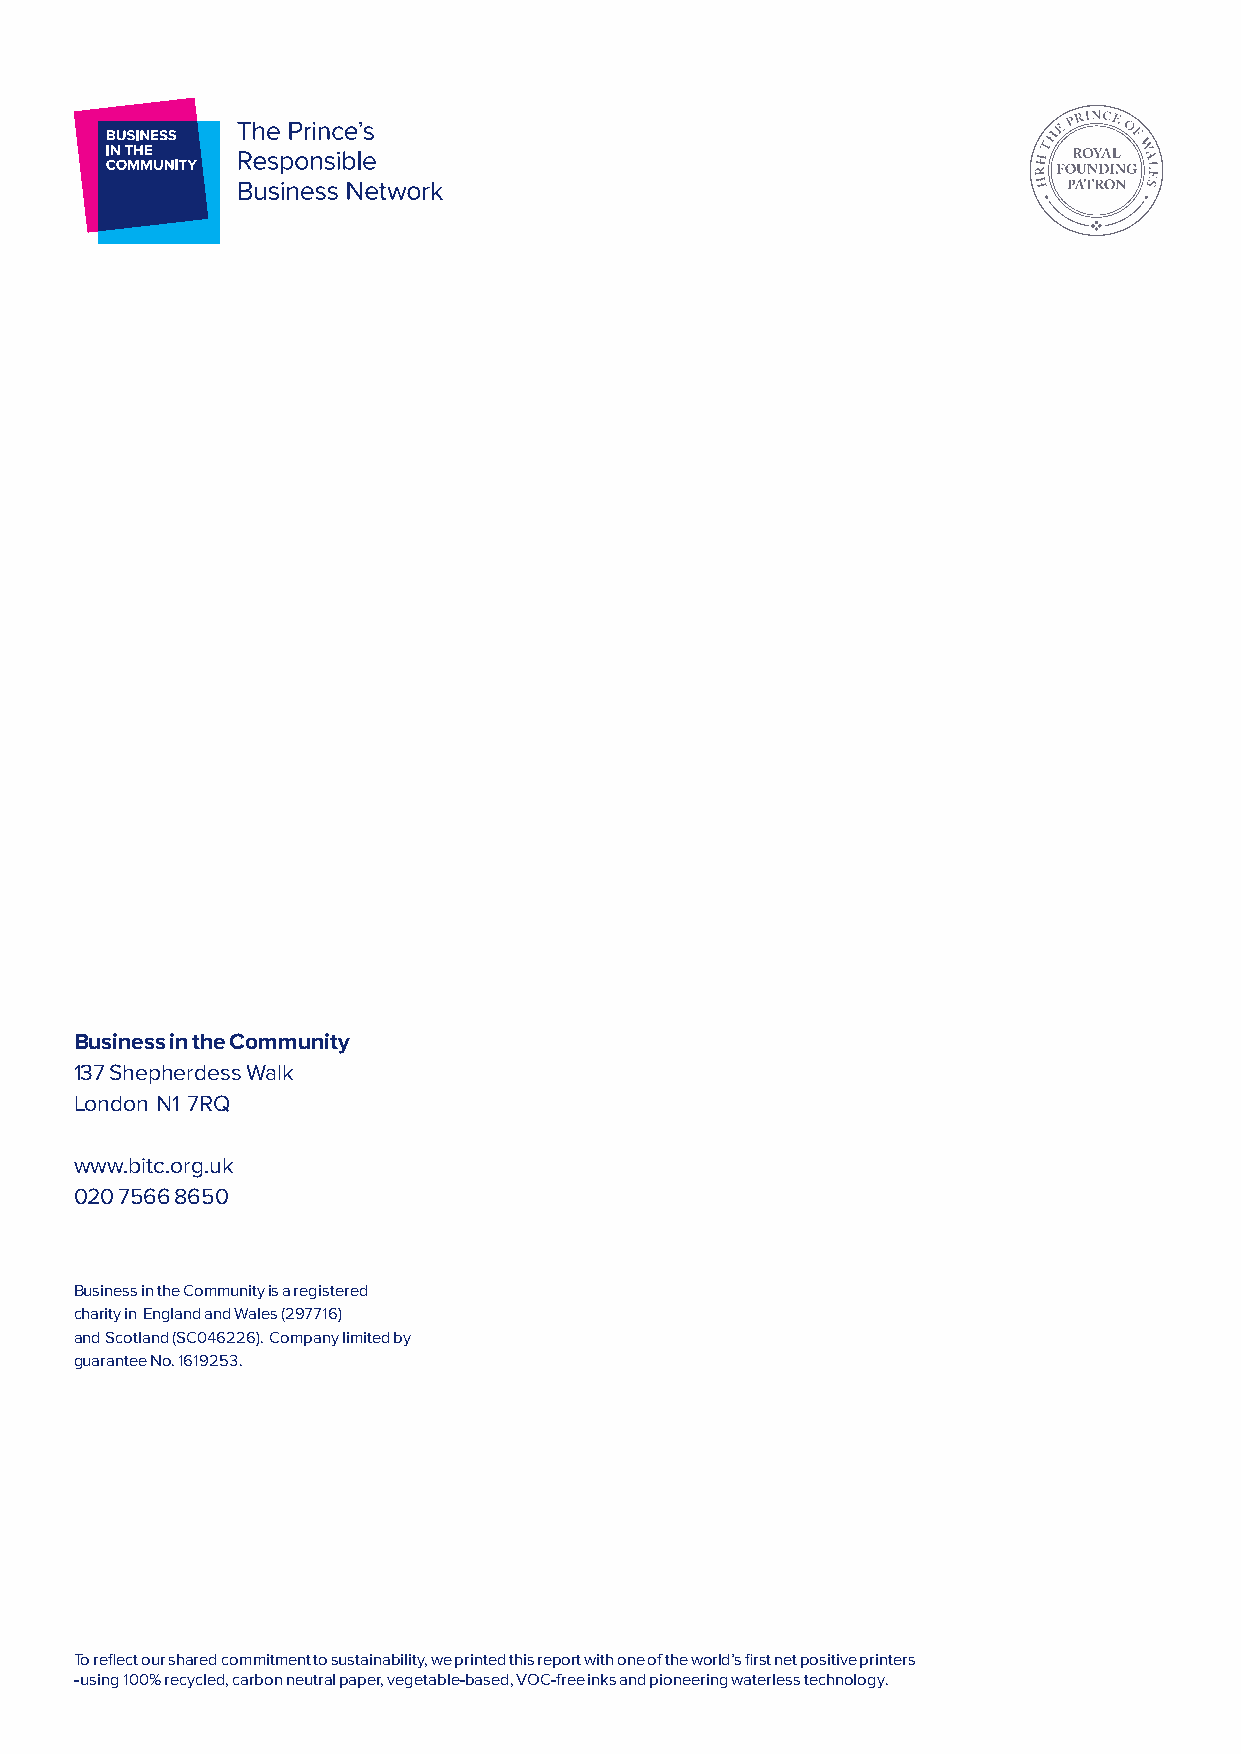
Business in the Community
 137 Shepherdess Walk
 London N1 7RQ
 www.bitc.org.uk
 020 7566 8650
 Business in the Community is a registered
 charity in England and Wales (297716)
 and Scotland (SC046226). Company limited by
 guarantee No. 1619253.
 To reflect our shared commitment to sustainability, we printed this report with one of the world’s first net positive printers
 - using 100% recycled, carbon neutral paper, vegetable-based, VOC-free inks and pioneering waterless technology.